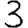
Digit: 3